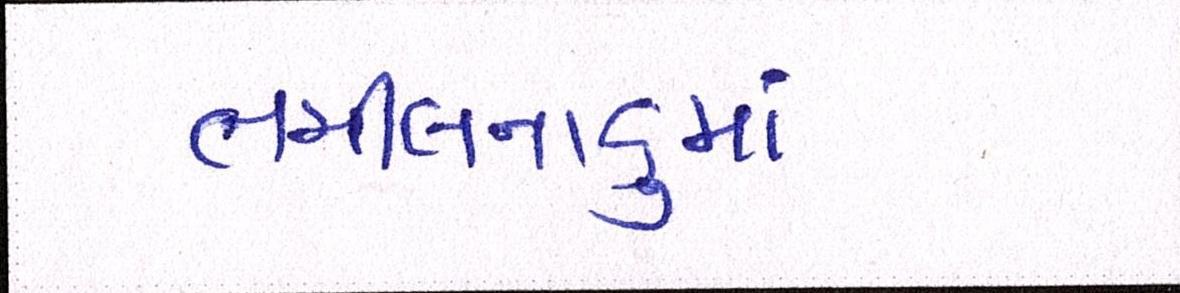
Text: તમિલનાડુમાં